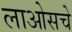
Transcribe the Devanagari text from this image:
लाओसचे